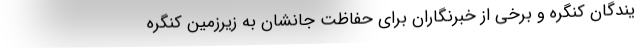
یندگان کنگره و برخی از خبرنگاران برای حفاظت جانشان به زیرزمین کنگره